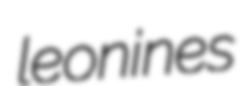
leonines